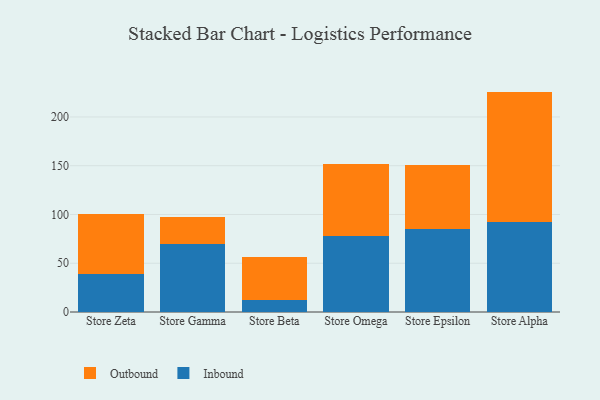
{"axis": {"x": "Store", "y": "Customer Acquisition Cost (USD)"}, "legend": ["Inbound", "Outbound"], "data": [{"x": "Store Zeta", "y": 38.5, "type": "Inbound"}, {"x": "Store Zeta", "y": 62.2, "type": "Outbound"}, {"x": "Store Gamma", "y": 69.6, "type": "Inbound"}, {"x": "Store Gamma", "y": 27.5, "type": "Outbound"}, {"x": "Store Beta", "y": 12.7, "type": "Inbound"}, {"x": "Store Beta", "y": 44.1, "type": "Outbound"}, {"x": "Store Omega", "y": 77.9, "type": "Inbound"}, {"x": "Store Omega", "y": 74.0, "type": "Outbound"}, {"x": "Store Epsilon", "y": 85.3, "type": "Inbound"}, {"x": "Store Epsilon", "y": 65.0, "type": "Outbound"}, {"x": "Store Alpha", "y": 92.3, "type": "Inbound"}, {"x": "Store Alpha", "y": 133.7, "type": "Outbound"}]}